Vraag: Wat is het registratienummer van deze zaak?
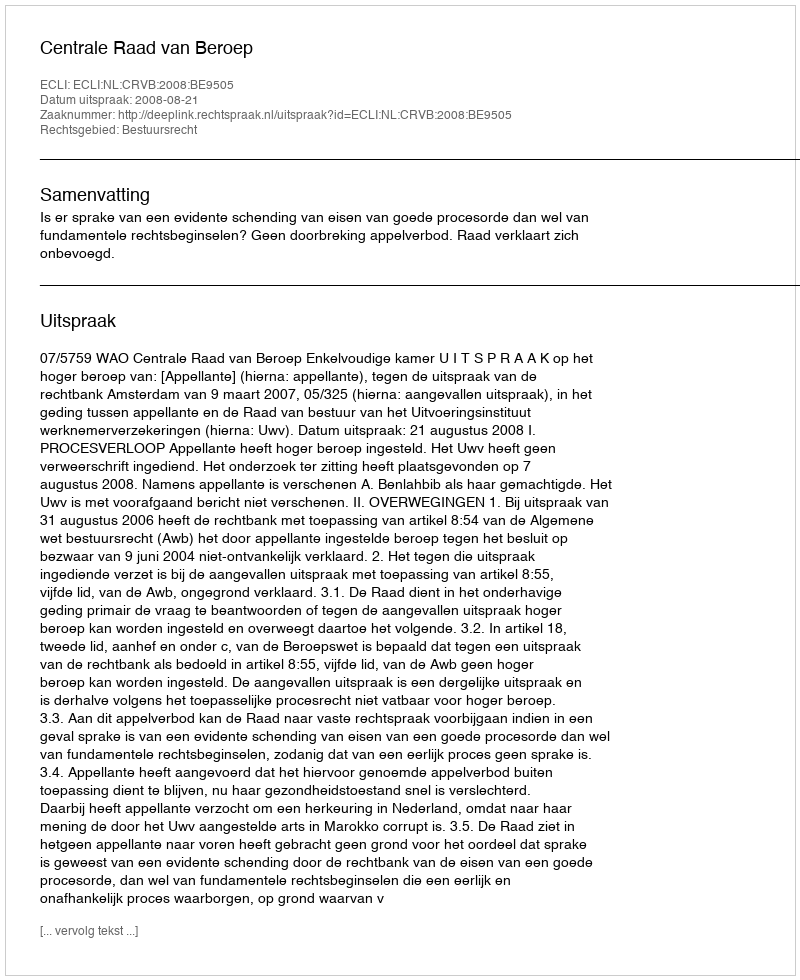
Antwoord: http://deeplink.rechtspraak.nl/uitspraak?id=ECLI:NL:CRVB:2008:BE9505